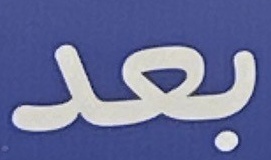
بعد